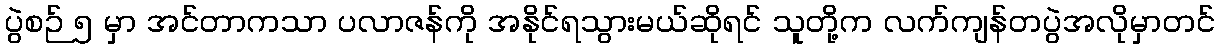
ပွဲစဉ် ၅ မှာ အင်တာကသာ ပလာဇန်ကို အနိုင်ရသွားမယ်ဆိုရင် သူတို့က လက်ကျန်တပွဲအလိုမှာတင်